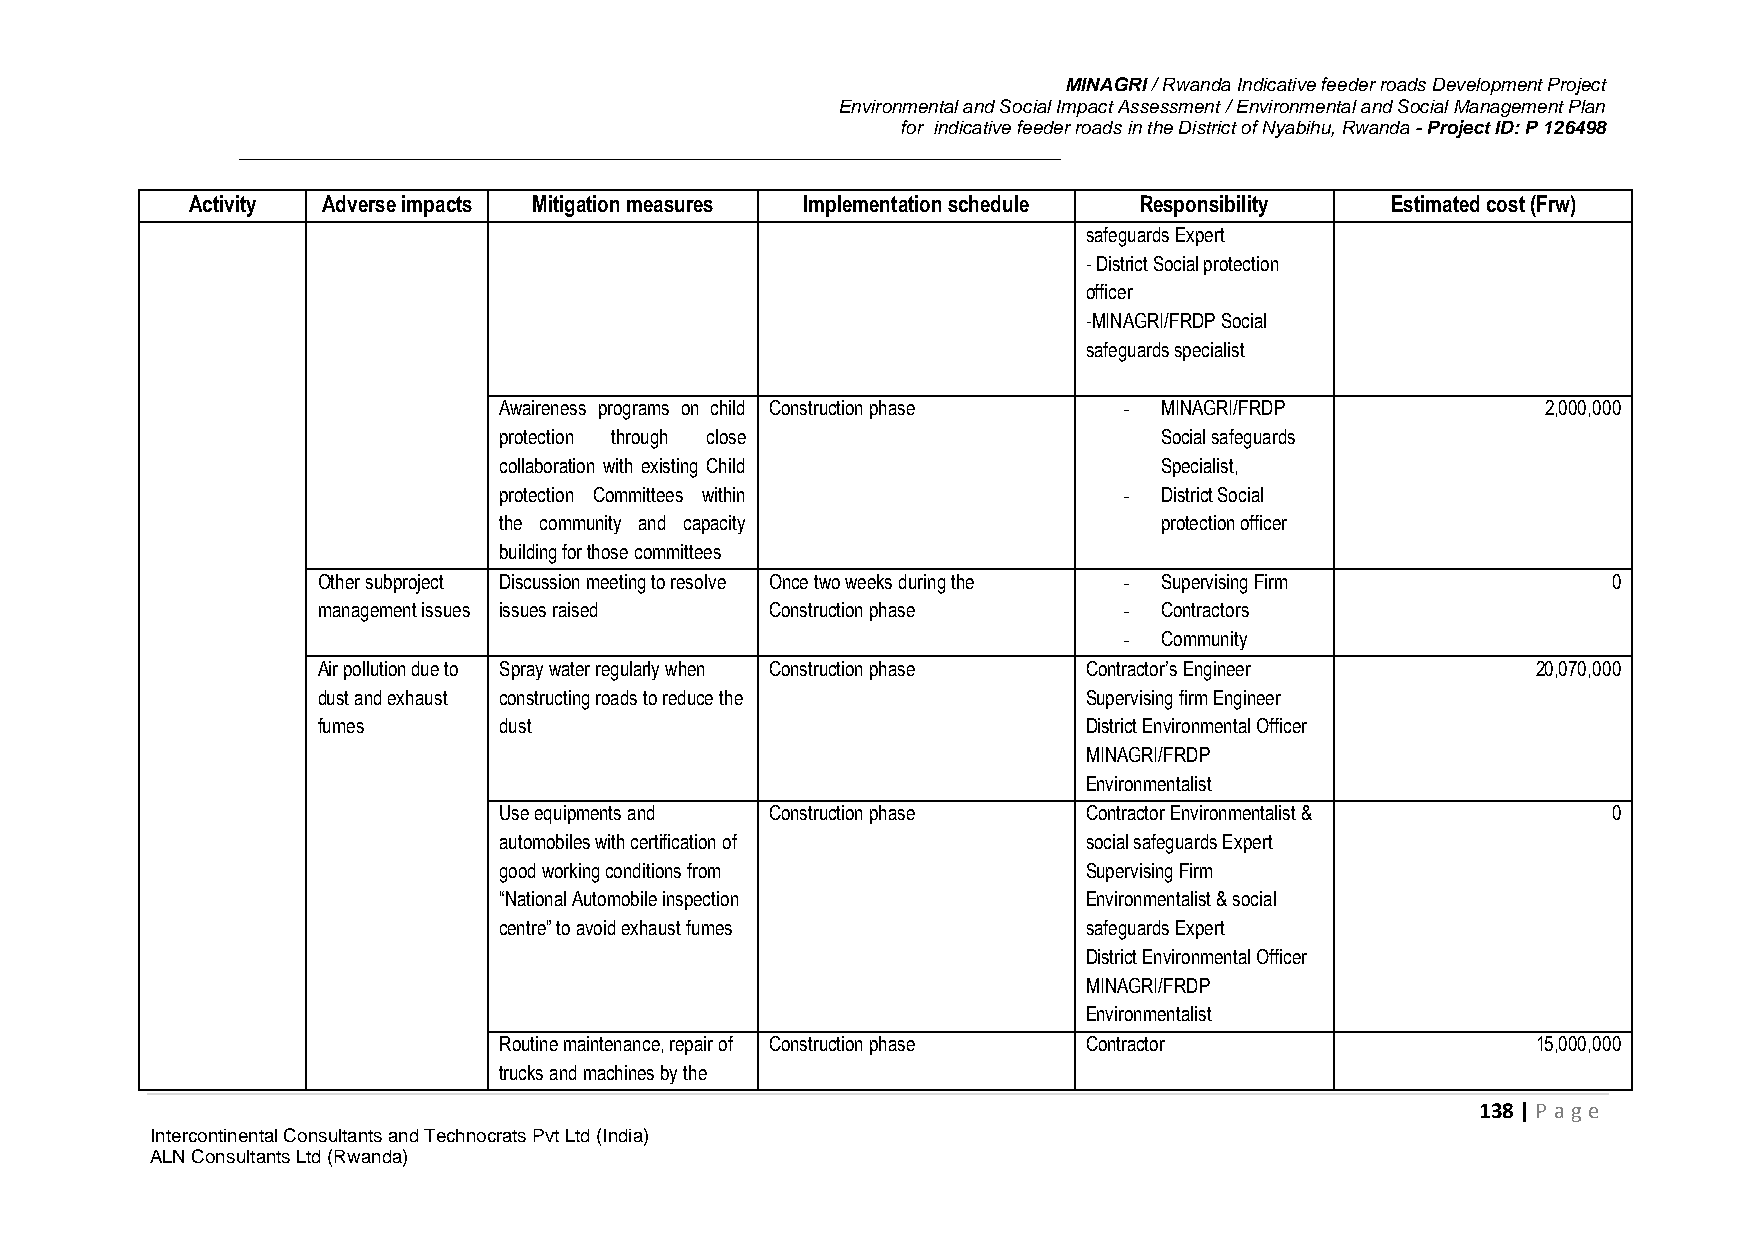
MINAGRI / Rwanda Indicative feeder roads Development Project
 Environmental and Social Impact Assessment / Environmental and Social Management Plan
 for indicative feeder roads in the District of Nyabihu, Rwanda - Project ID: P 126498
 Activity Adverse impacts Mitigation measures Implementation schedule Responsibility Estimated cost (Frw)
 safeguards Expert
 - District Social protection
 officer
 -MINAGRI/FRDP Social
 safeguards specialist
 Awaireness programs on child Construction phase - MINAGRI/FRDP       2,000,000
 protection through close                    Social safeguards
 collaboration with existing Child           Specialist,
 protection Committees within             -  District Social
 the community and capacity                  protection officer
 building for those committees
 Other subproject Discussion meeting to resolve Once two weeks during the - Supervising Firm 0
 management issues issues raised Construction phase   -  Contractors
 -  Community
 Air pollution due to Spray water regularly when Construction phase Contractor’s Engineer 20,070,000
 dust and exhaust constructing roads to reduce the  Supervising firm Engineer
 fumes       dust                                   District Environmental Officer
 MINAGRI/FRDP
 Environmentalist
 Use equipments and Construction phase  Contractor Environmentalist &      0
 automobiles with certification of      social safeguards Expert
 good working conditions from           Supervising Firm
 “National Automobile inspection        Environmentalist & social
 centre” to avoid exhaust fumes         safeguards Expert
 District Environmental Officer
 MINAGRI/FRDP
 Environmentalist
 Routine maintenance, repair of Construction phase Contractor         15,000,000
 trucks and machines by the
 138 | P age
 Intercontinental Consultants and Technocrats Pvt Ltd (India)
 ALN Consultants Ltd (Rwanda)